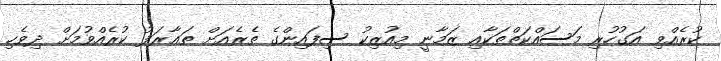
ކުރެއްވި އަގުހުރި މަސައްކަތްތަކާއި ޒަމާނީ މިއުޒިކު ސިފައިންގެ ތެރެއަށް ތަޢާރަފު ކުރެއްވުމަށް ދިވެހި